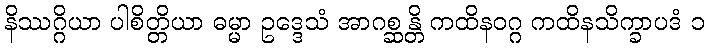
နိဿဂ္ဂိယာ ပါစိတ္တိယာ ဓမ္မာ ဥဒ္ဒေသံ အာဂစ္ဆန္တိ ကထိနဝဂ္ဂ ကထိနသိက္ခာပဒံ ၁